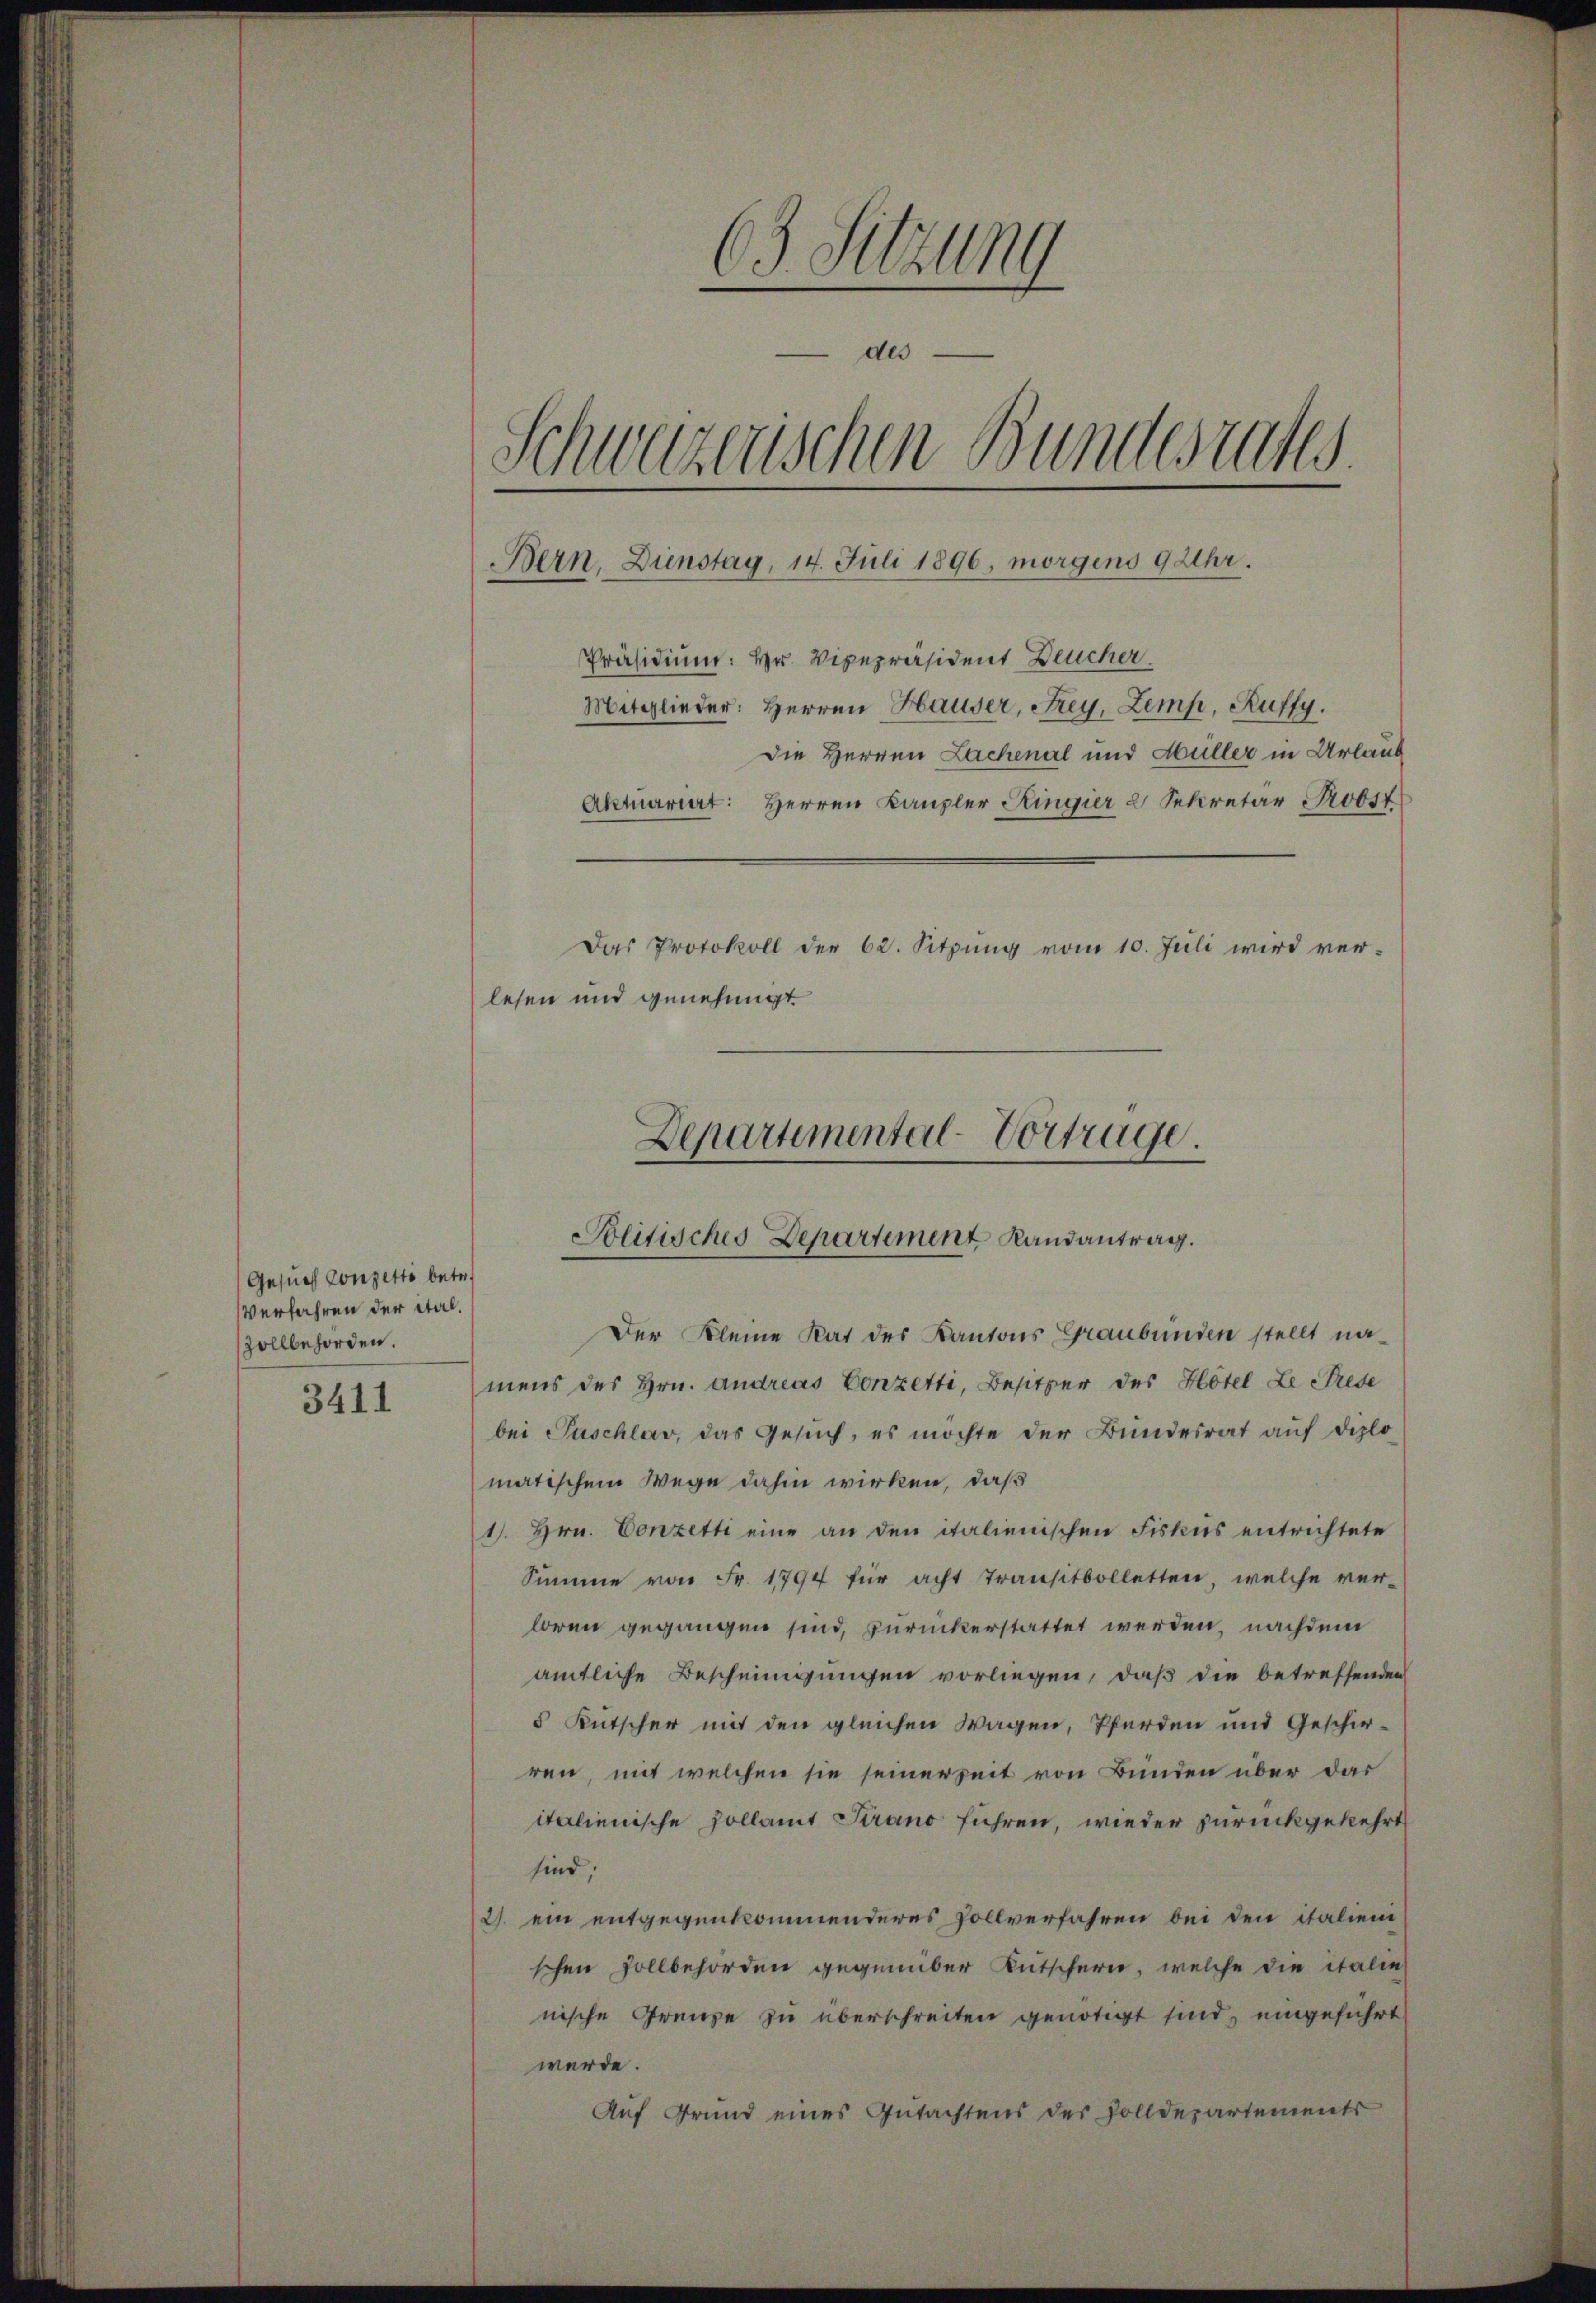
Gesuch Conzetto betr.
Verfahren der Stalzollbehörden.

3411

63. Sitzung
des
Schweizerischen Bundesrates.
Präsidium: Hr. Vizepräsident Deucher
Mitglieder: Herren Hauser, Frey, Zemp, Ruffy.
die Herren Lachenal und Hüller in Urlaub
Aktuariat: Herren Kanzler Kingier 2 Sekretär Notst
Das Protokoll der 62. Sitzŭng vom 10. Juli wird ver-
lesen und genehmigt

Departemental-Vortrage.
Politisches Departement Landantrag.

Bern, Dienstag, 14. Juli 1890, morgens 9 Uhr.

Der Kleine Rat des Kantons Graubünden stellt na-
mens des Hrn. Andreas Conzetti, Besitzer des Hotel Le Trese
bei Puschlar, das Gesuch, es möchte der Bundesrat auf diplo
matischem Wege dahin wirken, daß
1. Hrn. Conzetti eine an den italienischen Fiskus entrichtete
Summe von Fr. 1794 für acht Transitbolletten, welche ver-
loren gegangen sind, zurückerstattet werden, nachdem
amtliche Bescheinigungen vorliegen, daß die betreffenden
5 Kutscher mit den gleichen Wagen, Pferden und Geschirren, mit welchen sie seinerzeit von Bunden über das
italienische Hollamt Strano führen, wieder zurückgekehrt
sind,
2. ein entgegenkommenderes Zollverfahren bei den italieni
schen sollbehörden gegenüber Kutschern, welche die italie
nische Grenze zu überschreiten genötigt sind, eingeführt
werde.
Auf Grund eines Gutachtens des Zolldepartements